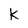
Character: k